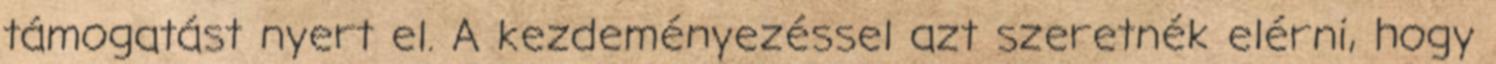
támogatást nyert el. A kezdeményezéssel azt szeretnék elérni, hogy